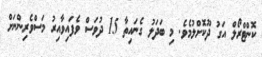
ކޮންޓްރޯލް އަގު ދޫކޮށްލުމެވެ. މި ބަދަލު ގެނައިތާ 15 ދުވަސް ވެފައިވާއިރު މަސްވެރިންނަށް